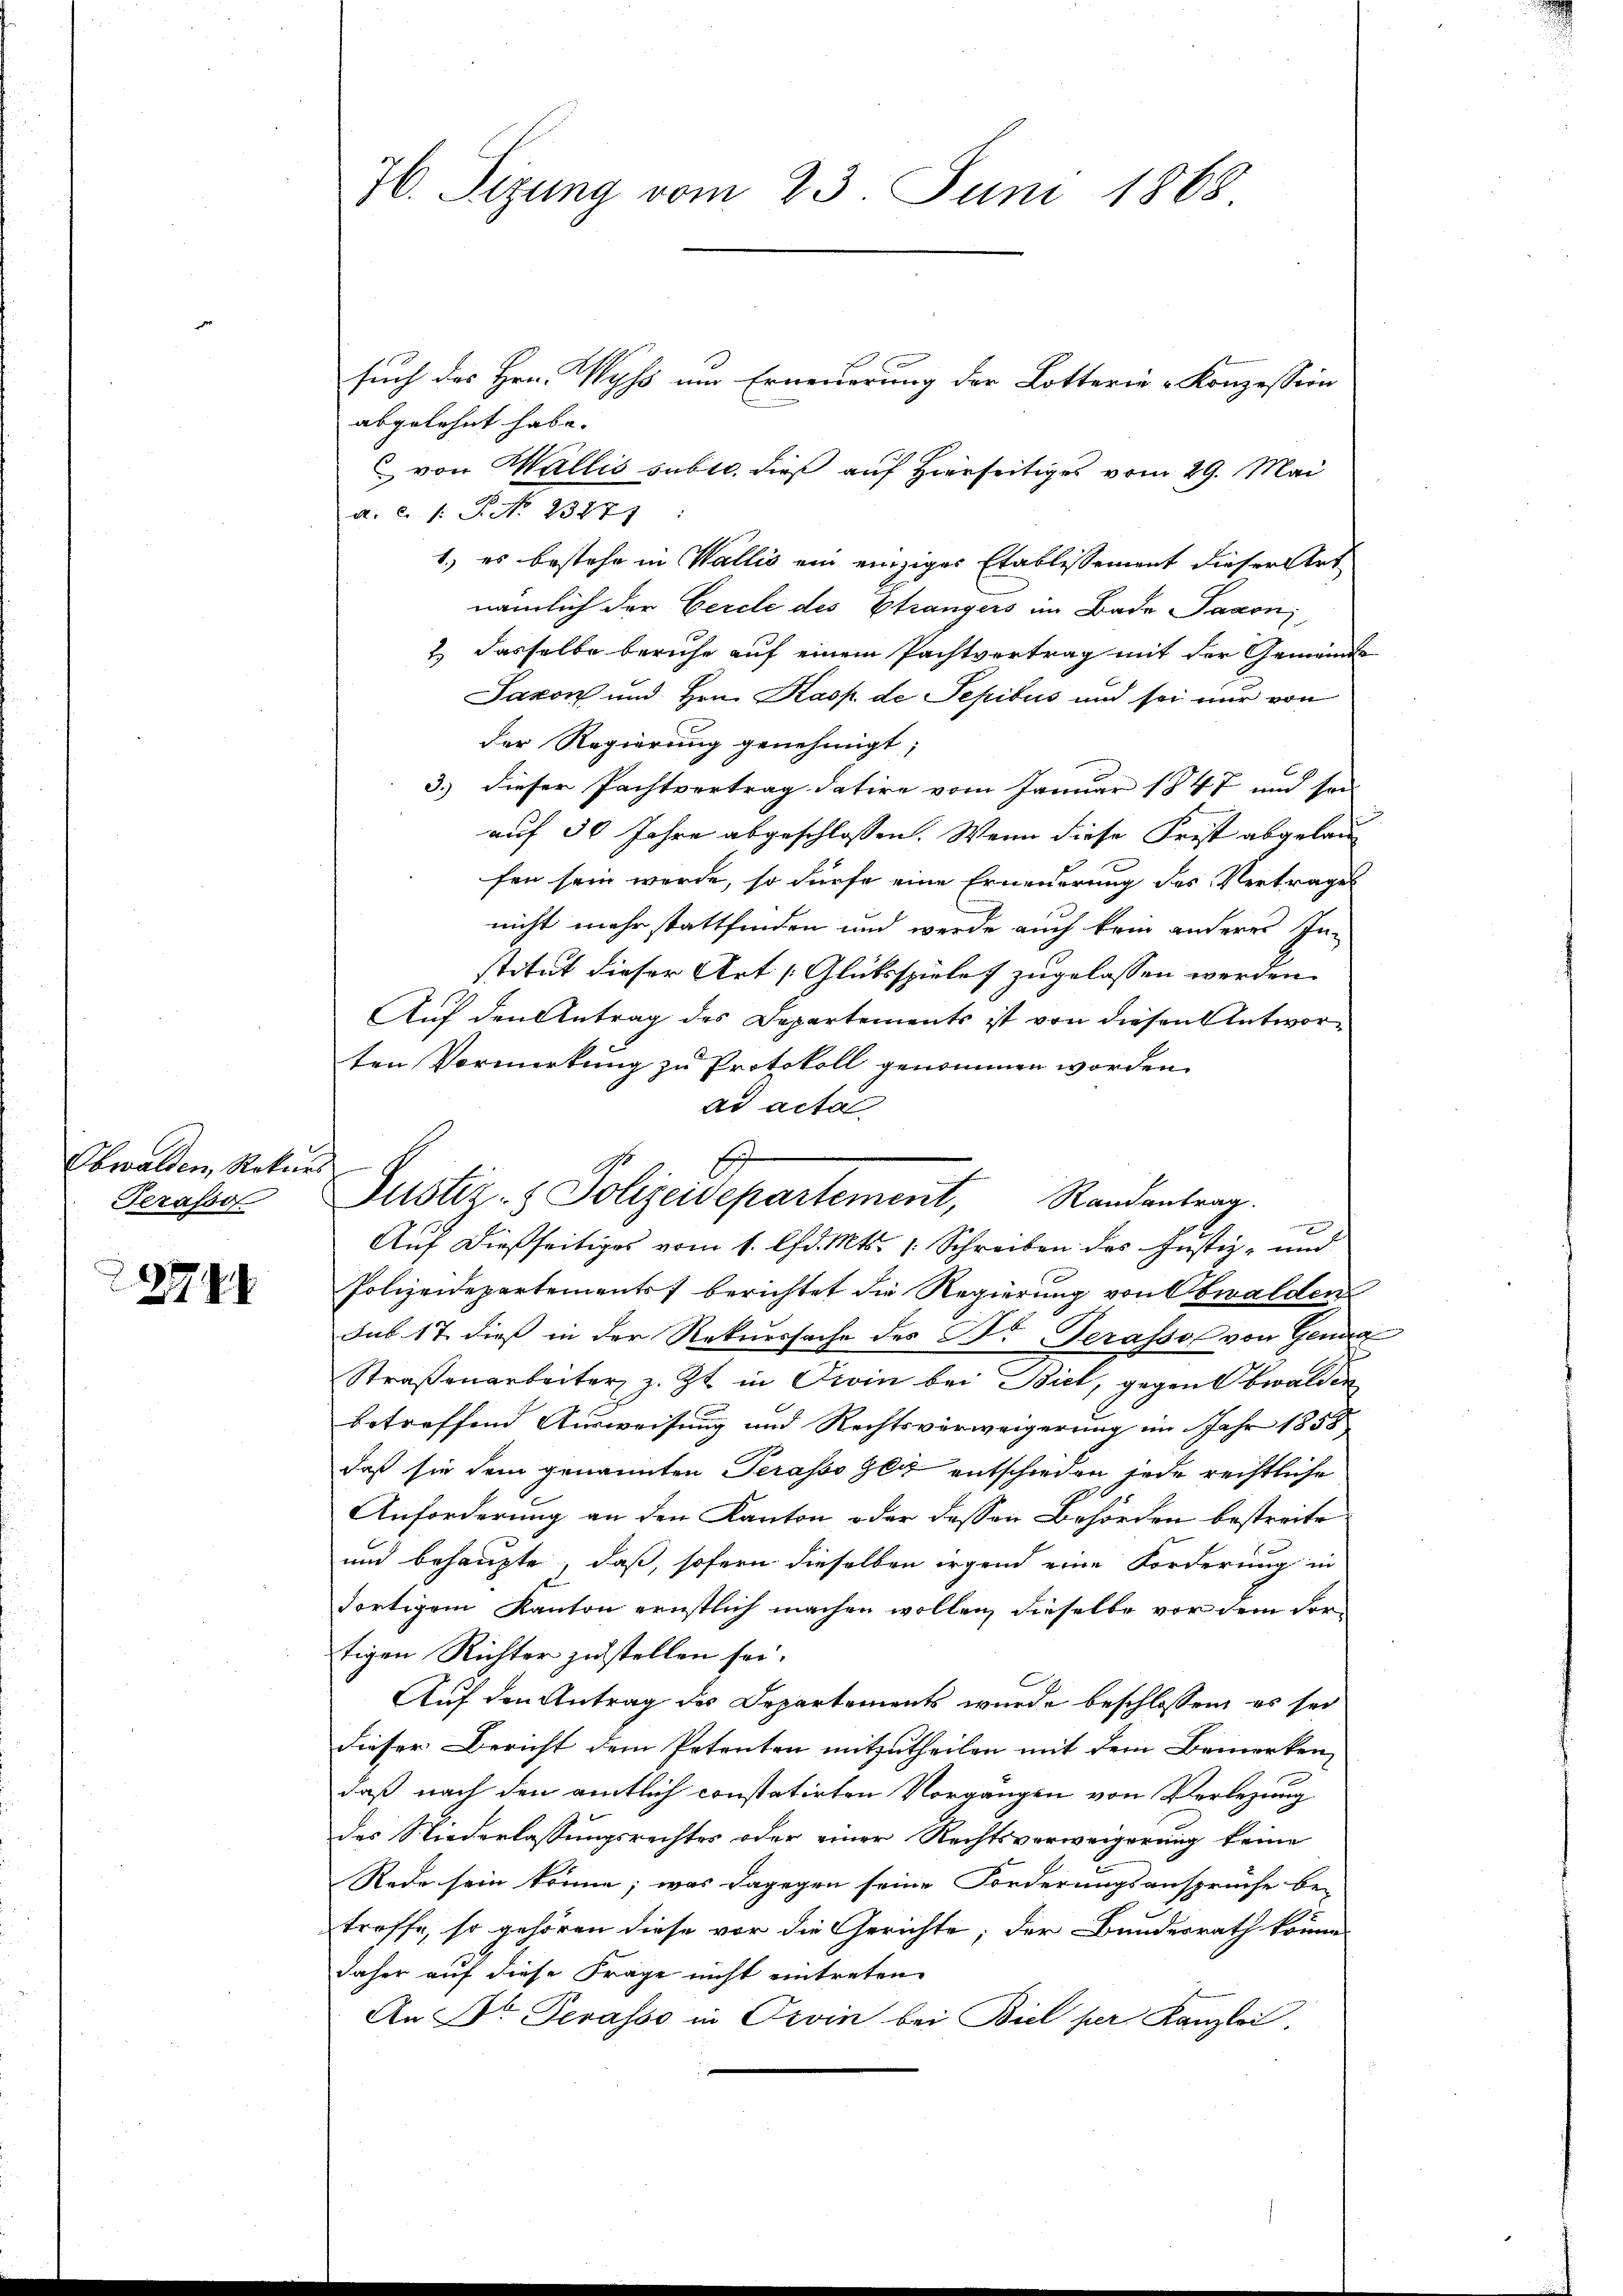
Ewalden, Rekurs
Terasso

7

such des Hrn. Wyss um Erneuerung der Lotterie-Konzession
abgelehnt habe. |
C von Wallis subtr. dieß auf Hierseitiges vom 29. Mai
a. c. /: No 13271:
1.) es bestehe in Wallis ein einziges Etablissement dieser Art
nämlich der Gercle des Strangers im Bade Jagon
2 dasselbe beruhe auf einem Pachtvertrag mit der Gemeinde
Jaxon und Hrn. Kasp. de Sepibus und sei nur von
der Regierung genehmigt;
3.) dieser Pachtvertrag datire vom Januar 1847 und sei
auf 30 Jahre abgeschlossen. Wenn diese Frist abgelaufen sein werde, so dürfe eine Erneuerung des Vertrages
nicht mehr stattfinden und werde auch kein anderes In-
stitut dieser Art [Glüksspieles zugelassen werden.
Auf den Antrag des Departements ist von diesen Antworten Vormerkung zu Protokoll genommen worden.
ad acta
Auf dießseitiges vom 1. d. Mts. 1. Schreiben des Justiz- und
Polizeidepartements berichtet die Regierung von Obwalden
Sub. 17 dieß in der Rekurssache des B. Terassos von Gena
Straßenarbeiter, z. Zt. in Firin bei Biel, gegen Obwalden
betreffend Ausweisung und Rechtsverweigerung im Jahr 1858
daß sie dem genannten Terasso zu entschieden jede rechtliche
Anforderung an den Kanton oder dessen Behörden bestreite¬
und behaupte, daß, sofern dieselben irgend eine Forderung in
dortigem Kanton ernstlich machen wollen, dieselbe vor dem dortigen Richter zustellen sei.
Auf den Antrag des Departements wurde beschlossen, es sei
dieser Bericht dem Petenten mitzutheilen mit dem Bemerken,
daß nach den amtlich constatirten Vorgängen von Verlegung
des Niederlassungsrechtes oder einer Rechtsverweigerung keine
Rede sein könne; was dagegen seine Forderungsanspruche be-
treffe, so gehören diese vor die Gerichte; der Bundesrath könne
daher auf diese Frage nicht eintreten.
An Dr. Terasso in Orvin bei Biel per Kanzlei.

76. Sizung vom 23. Juni 1868

E
e
Justiz- & Polizeidepartement, Randantrag